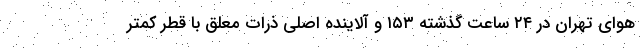
هوای تهران در ۲۴ ساعت گذشته ۱۵۳ و آلاینده اصلی ذرات معلق با قطر کمتر